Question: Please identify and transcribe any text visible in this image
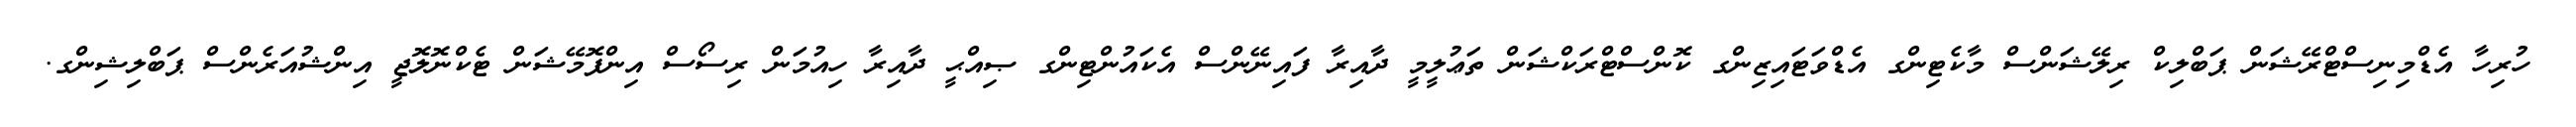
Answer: ހުރިހާ އެޑްމިނިސްޓްރޭޝަން ޕަބްލިކް ރިލޭޝަންސް މާކެޓިންގ އެޑްވަޓައިޒިންގ ކޮންސްޓްރަކްޝަން ތަޢުލީމީ ދާއިރާ ފައިނޭންސް އެކައުންޓިންގ ޞިއްޙީ ދާއިރާ ހިއުމަން ރިސޯސް އިންފޮމޭޝަން ޓެކްނޮލޮޖީ އިންޝުއަރެންސް ޕަބްލިޝިންގ.